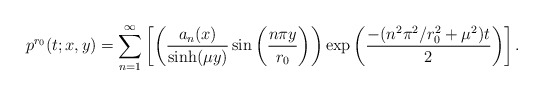
\begin{align*}p^{r_0}(t;x,y) = \sum_{n=1}^\infty \left[ \left(\frac{a_n(x)}{\sinh (\mu y)} \sin\left(\frac{n \pi y}{r_0}\right)\right) \exp\left(\frac{-(n^2 \pi^2 / r_0^2 +\mu^2)t}{2} \right) \right].\end{align*}